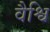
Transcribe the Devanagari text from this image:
वैश्वि